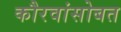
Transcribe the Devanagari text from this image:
कौरवांसोबत